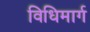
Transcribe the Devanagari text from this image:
विधिमार्ग